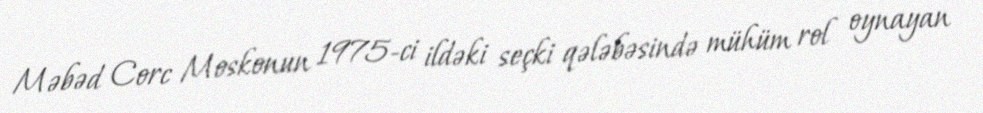
Məbəd Corc Moskonun 1975-ci ildəki seçki qələbəsində mühüm rol oynayan